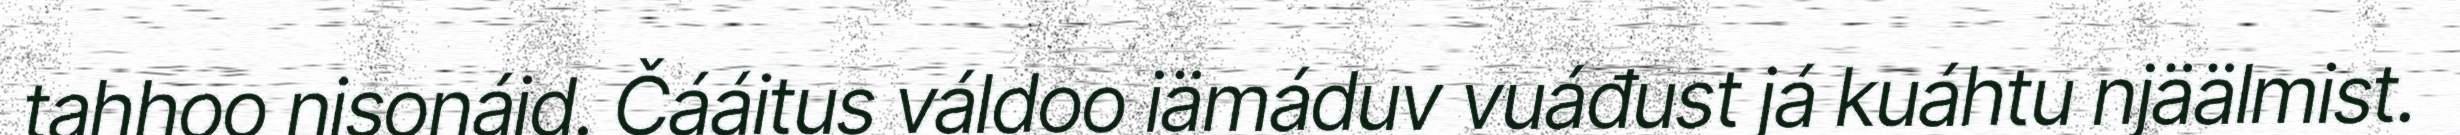
tahhoo nisonáid. Čááitus váldoo iämáduv vuáđust já kuáhtu njäälmist.